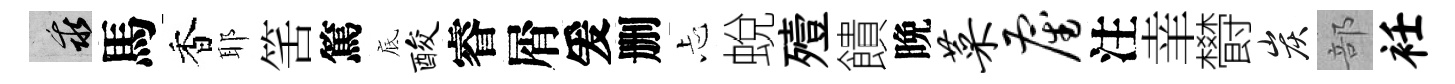
乖馬香耶筈篤底酸睿屑爰删忐蛻殪饋晩菜雇注𦍒欎炭部衽